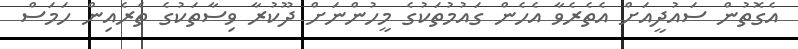
އެގޮތުން ސައުދީއަށް އެތެރެވާ އެހެން ގައުމުތަކުގެ މީހުންނަށް ދޫކުރާ ވިސާތަކުގެ ތެރެއިން ހަމަސް